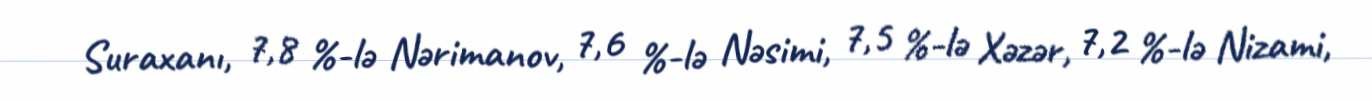
Suraxanı, 7,8 %-lə Nərimanov, 7,6 %-lə Nəsimi, 7,5 %-lə Xəzər, 7,2 %-lə Nizami,